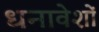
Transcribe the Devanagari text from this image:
धनावेशों